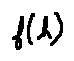
f ( h )